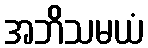
အဘိသမယံ